Report on leprosy in the North-Western Provinces
Disease focus: Leprosy
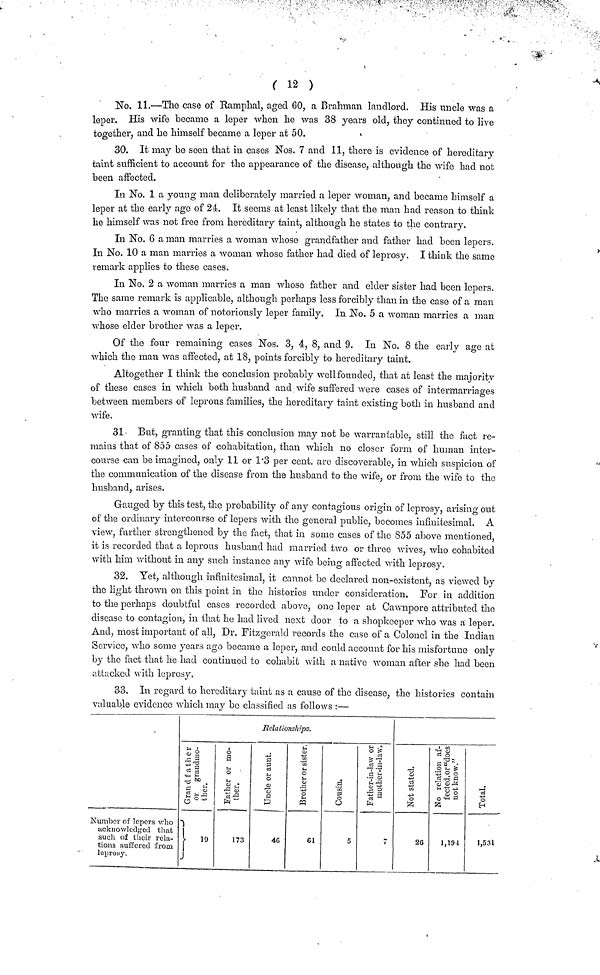
(12)
No. 11.—The case of Ramphal, aged 60, a Brahman landlord. His uncle was a
leper. His wife became a leper when he was 38 years old, they continued to live
together, and he himself became a leper at 50.
30. It may be seen that in cases Nos. 7 and 11, there is evidence of hereditary
taint sufficient to account for the appearance of the disease, although the wife had not
been affected.
In No. 1 a young man deliberately married a leper woman, and became himself a
leper at the early ago of 24. It seems at least likely that the man had reason to think
he himself was not free from hereditary taint, although he states to the contrary.
In No. 6 a man marries a woman whoso grandfather and father had been lepers.
In No. 10 a man marries a woman whose father had died of leprosy. I think the same
remark applies to these cases.
In No. 2 a woman marries a man whoso father and elder sister had been lepers.
The same remark is applicable, although perhaps less forcibly than in the case of a man
who marries a woman of notoriously leper family. In No. 5 a woman marries a man
whose elder brother was a leper.
Of the four remaining cases Nos. 3, 4, 8, and 9. In No. 8 the early age at
which the man was affected, at 18, points forcibly to hereditary taint.
Altogether I think the conclusion probably well founded, that at least the majority
of these cases in which both husband and wife suffered were cases of intermarriages
between members of leprous families, the hereditary taint existing both in husband and
wife.
31- But, granting that this conclusion may not be warrantable, still the fact re-
mains that of 855 cases of cohabitation, than which no closer form of human inter-
course can be imagined, only 11 or 1.3 per cent, are discoverable, in which suspicion of
the communication of the disease from the husband to the wife, or from the wife to the
husband, arises.
Gauged by this test, the probability of any contagious origin of leprosy, arising out
of the ordinary intercourse of lepers with the general public, becomes infinitesimal. A
view, farther strengthened by the fact, that in some cases of the 855 above mentioned,
it is recorded that a leprous husband had married two or three wives, who cohabited
with him without in any such instance any wife being affected with leprosy.
32. Yet, although infinitesimal, it cannot bo declared non-existent, as viewed by
the light thrown on this point in the histories under consideration. For in addition
to the perhaps doubtful cases recorded above, one leper at Cawnpore attributed the
disease to contagion, in that he had lived next door to a shopkeeper who was a leper.
And, most important of all, Dr. Fitzgerald records the case of a Colonel in the Indian
Service, who some years ago became a leper, and could account for his misfortune only
by the fact that he had continued to cohabit with a native woman after she had been
attacked with leprosy.
33. In regard to hereditary taint as a cause of the disease, the histories contain
valuable evidence which may bo classified as follows :—
Number of lepers who
acknowledged that
such of their rela-
tions suffered from
leprosy.
Grandfather or grandmo-ther.
}.,
Father or mo-ther.
173
Relationships.
Uncle or aunt.
46
Brother or sister.
61
Cousin.
5
Father-in-law or mother-in-law
7
Not stated.
2G
No relation af-fected or "does not know"
1,194
Total
1,531